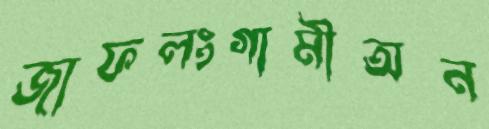
জাফলংগামীঅন